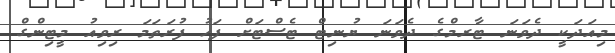
މިއަދަކީ ދެވަނަ ޓާރމްގެ ދެވަނަ ޔުނިޓް ޓެސްޓަށް ފަހު ފުރަތަމަ ރިވިއު މީޓިންގް